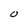
Character: O